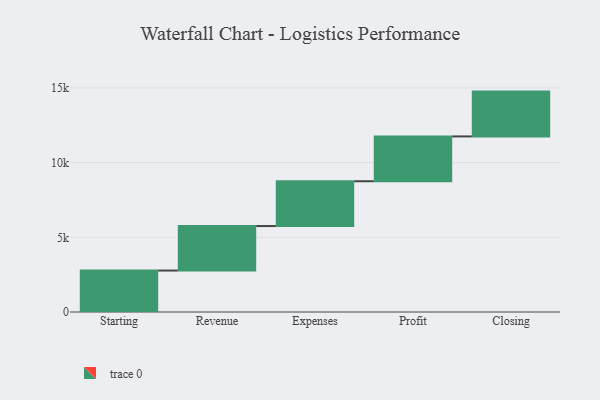
{"axis": {"x": "Step", "y": "Value"}, "legend": [""], "data": [{"x": "Starting", "y": 2775.0, "type": ""}, {"x": "Revenue", "y": 2978.0, "type": ""}, {"x": "Expenses", "y": 3000, "type": ""}, {"x": "Profit", "y": 3000, "type": ""}, {"x": "Closing", "y": 3000, "type": ""}]}